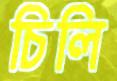
চিলি